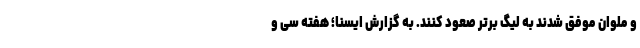
و ملوان موفق شدند به لیگ برتر صعود کنند. به گزارش ایسنا؛ هفته سی و